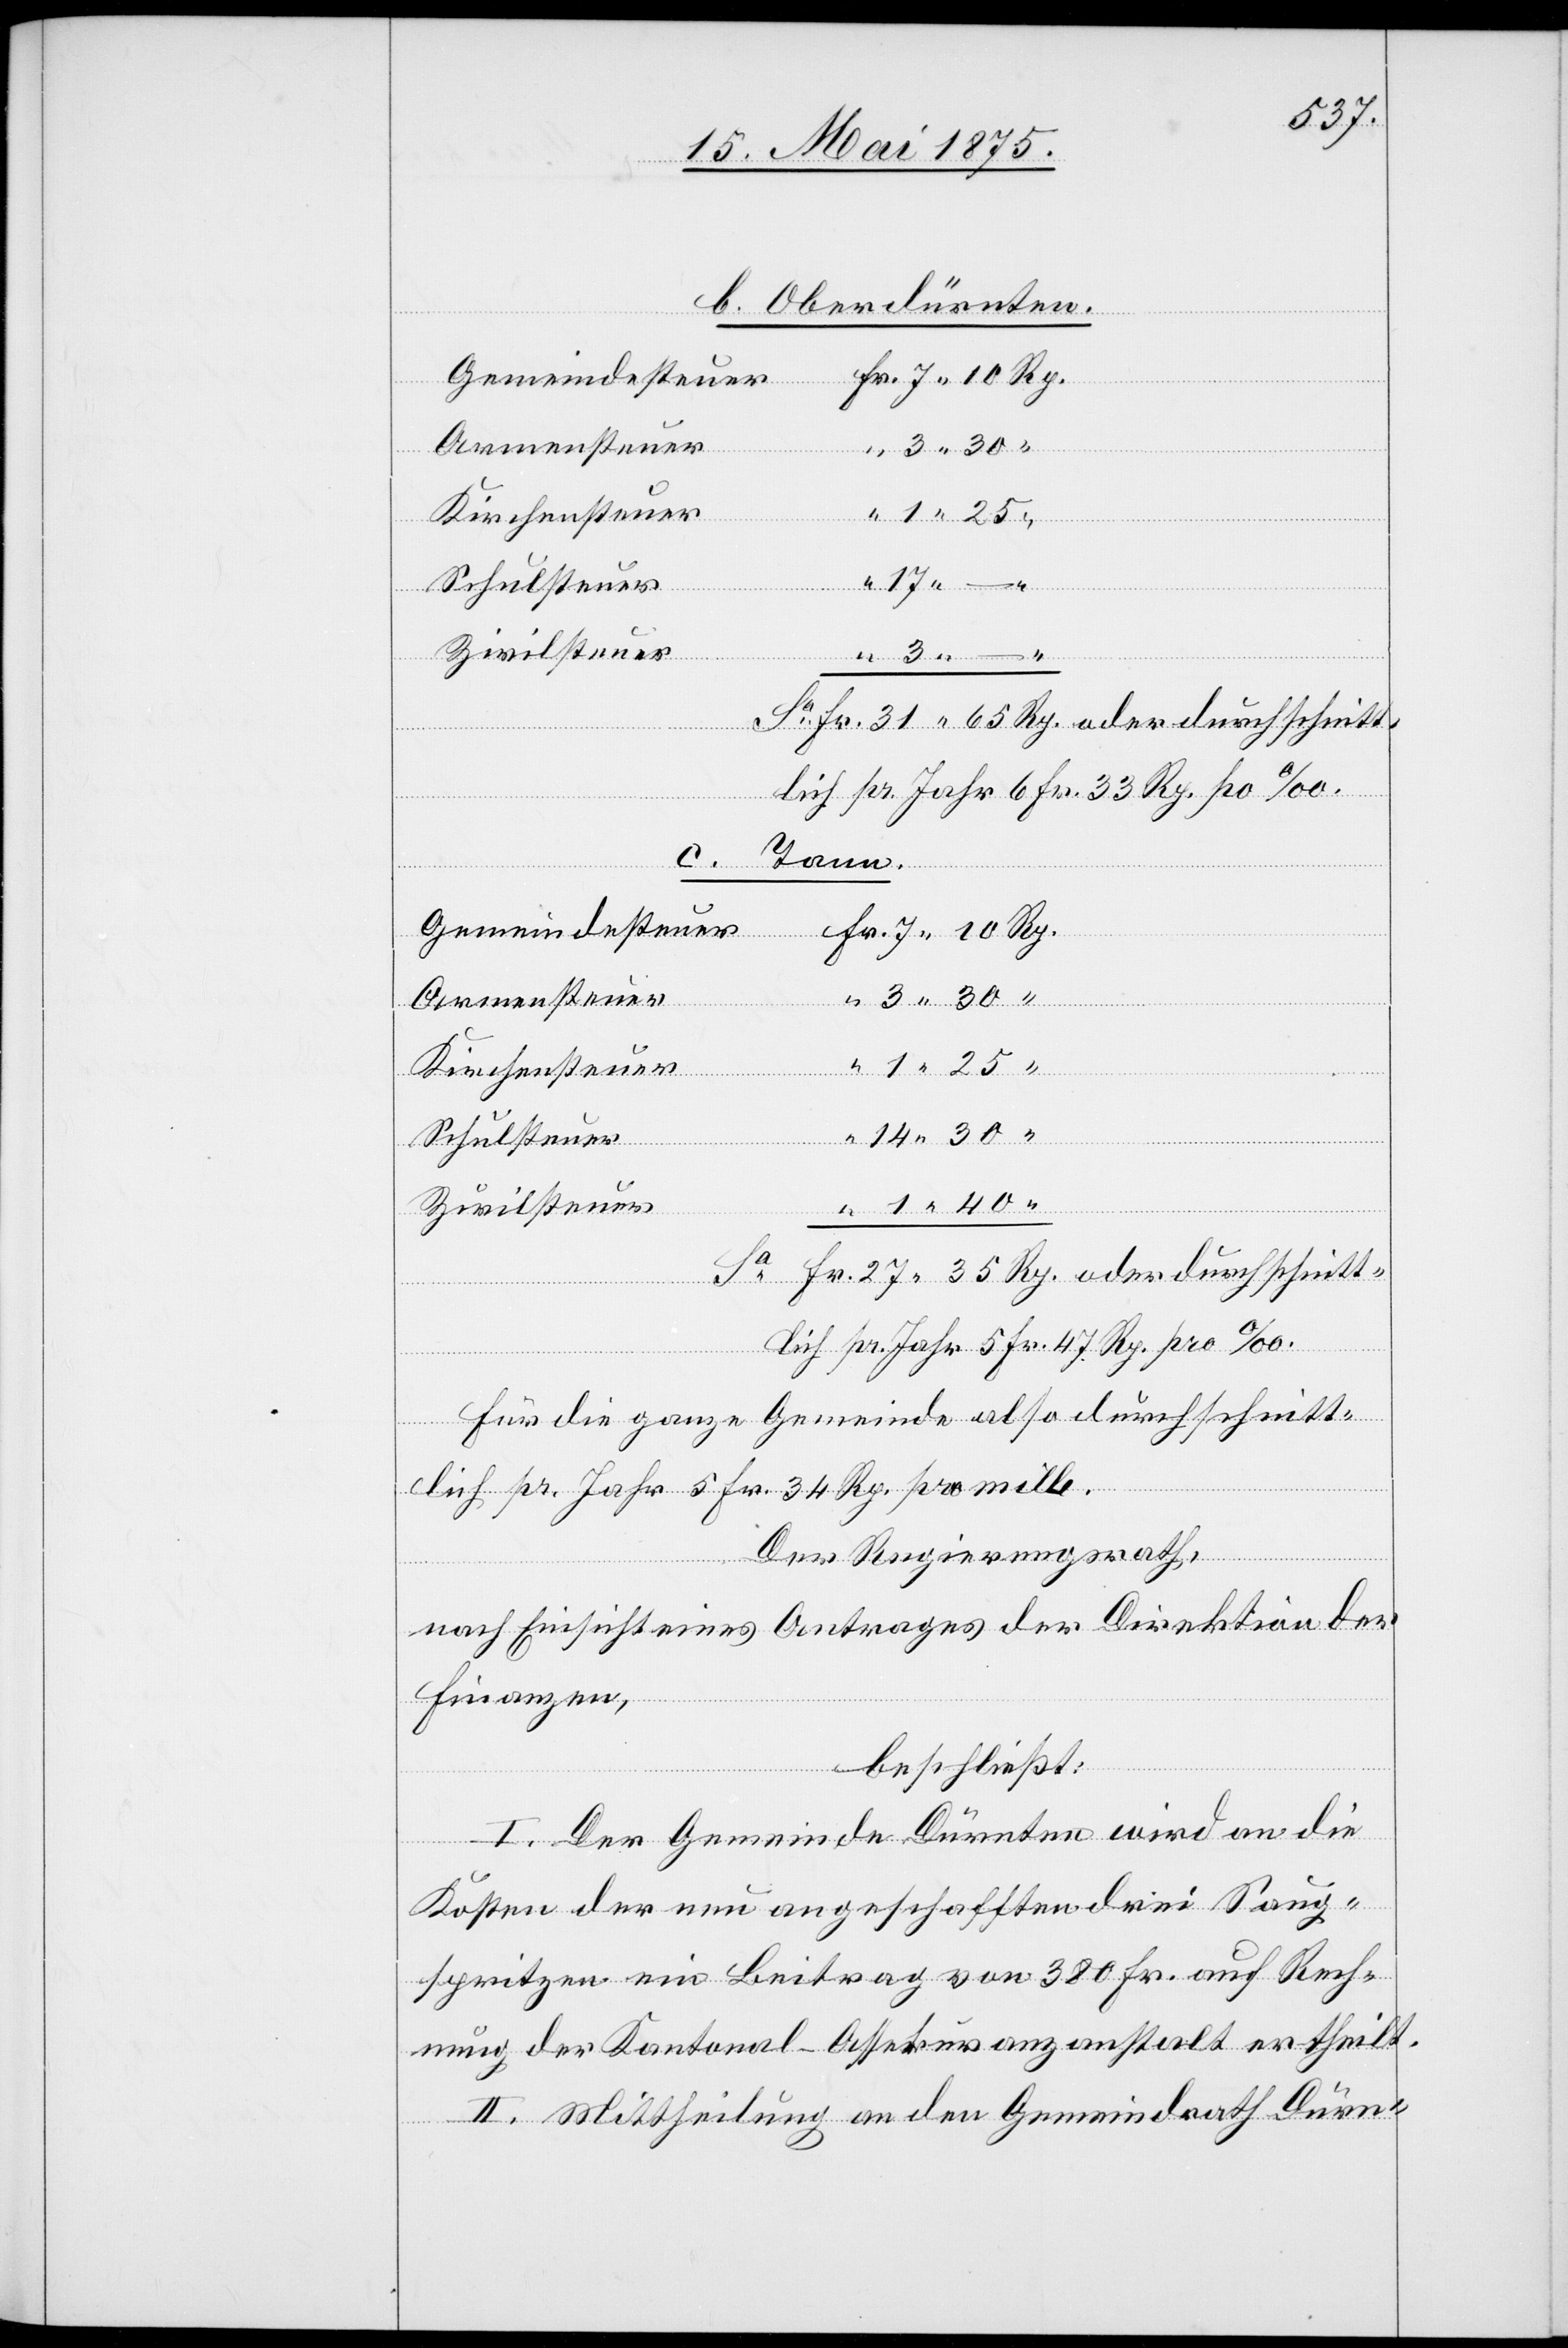
Sa

b. Oberdürnten.
Armensteuer
hnitt¬
Kirchensteuer
lich pr. Jahr 6 Fr. 33. Rp. p[r]o ‰.
Tann.
Fr.
27
35
Gemeindesteuer
oder
Schulsteuer
Zivilsteuer
lich pr. Jahr 5 Fr. 47 Rp. pro ‰.
Für die ganze Gemeinde also durchschnitt¬
lich pr. Jahr 5 Fr. 34 Rp. pro mille.
Der Regierungsrath,
nach Einsicht eines Antrages der Direktion der
Finanzen,
beschließt:
I. Der Gemeinde Dürnten wird an die
Kosten der neu angeschafften drei Saug¬
spritzen ein Beitrag von 380 Fr. auf Rech¬
nung der Kantonal-Assekuranzanstalt ertheilt.
II. Mittheilung an den Gemeindrath Dürn-